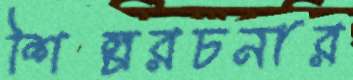
শিল্পরচনার